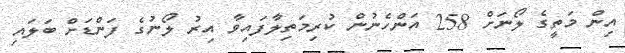
އިން މަތީގެ ލޯނަށް 258 އަންހެނުން ކުރިމަތިލާފައިވާ އިރު ލޯނުގެ ފަންޑަށް ބަލައި